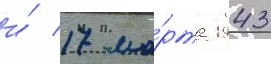
и́ 17 ма́рта 1943